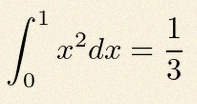
\int_0^1 x^2dx=\frac13